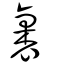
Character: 裹